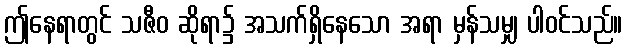
ဤနေရာတွင် သဇီဝ ဆိုရာ၌ အသက်ရှိနေသော အရာ မှန်သမျှ ပါဝင်သည်။